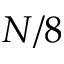
N / 8